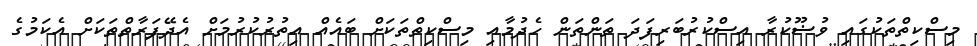
މިސްކިތްތަކުގައި ވުޟޫކުރާ އިސްކުރުބަރިފަދަ ތަންތަން ހެދުމާއި މިސްކިތްތަކަށް ބައެއް އިތުރުކުރުމަށް އެދޭފަރާތްތަކަށް އެކަމުގެ